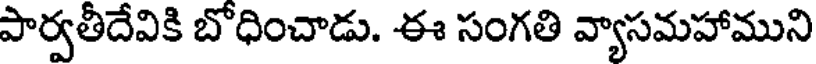
పార్వతీదేవికి బోధించాడు. ఈ సంగతి వ్యాసమహాముని